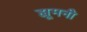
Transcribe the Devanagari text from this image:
ह्यूमनी